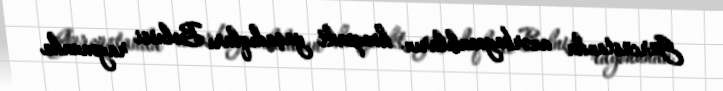
Gürcüstanda azərbaycanlıların kompakt yaşadıqları Bolnisi rayonunda